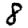
Digit: 8